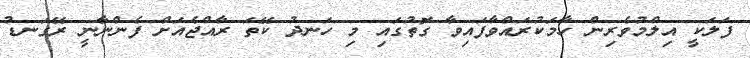
ފަލަކީ އިލްމުވެރިން ހާމަކުރައްވާފައިވާ ގޮތުގައި މި ހަނދު ކޭތަ ރާއްޖެއަށް ފެންނާނީ ރޭގަނޑު